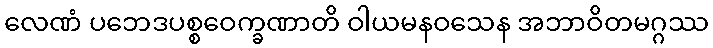
လေဏံ ပဘေဒပစ္စဝေက္ခဏာတိ ဝါယမနဝသေန အဘာဝိတမဂ္ဂဿ